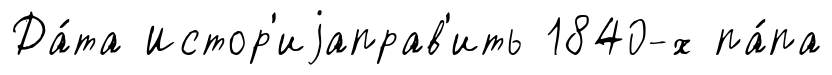
Да́та Истор'иjаправ'ить 1840-х па́па